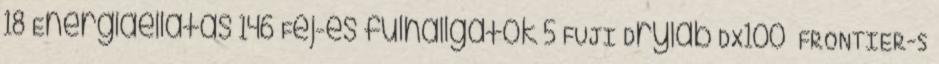
18 Energiaellátás 146 Fej-és fülhallgatók 5 FUJI Drylab DX100 FRONTIER-S